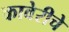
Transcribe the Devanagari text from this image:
कावेरीचे